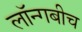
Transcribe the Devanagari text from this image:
लॉन्गबीच